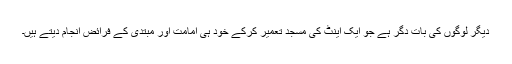
دیگر لوگوں کی بات دِگر ہے جو ایک اینٹ کی مسجد تعمیر کرکے خود ہی امامت اور مبتدی کے فرائض انجام دیتے ہیں۔